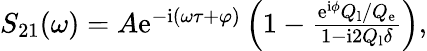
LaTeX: \begin{array}{r}{S_{21}(\omega)=A\textrm{e}^{-\textrm{i}(\omega\tau+\varphi)}\left(1-\frac{\textrm{e}^{\textrm{i}\phi}Q_{\mathrm{l}}/Q_{\mathrm{e}}}{1-\textrm{i}2Q_{\mathrm{l}}\delta}\right),}\end{array}